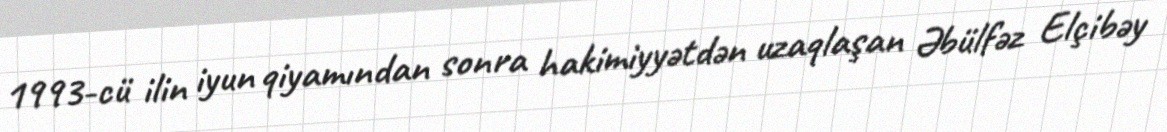
1993-cü ilin iyun qiyamından sonra hakimiyyətdən uzaqlaşan Əbülfəz Elçibəy